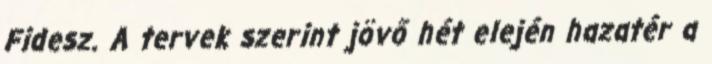
Fidesz. A tervek szerint jövő hét elején hazatér a